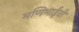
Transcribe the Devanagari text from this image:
मणिभाईंनी